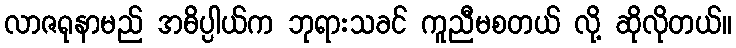
လာဇရုနာမည် အဓိပ္ပါယ်က ဘုရားသခင် ကူညီမစတယ် လို့ ဆိုလိုတယ်။